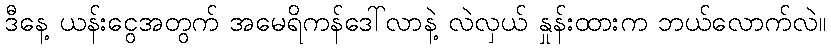
ဒီနေ့ ယန်းငွေအတွက် အမေရိကန်ဒေါ်လာနဲ့ လဲလှယ် နှုန်းထားက ဘယ်လောက်လဲ။